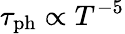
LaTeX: \tau_{\mathrm{ph}}\propto T^{-5}